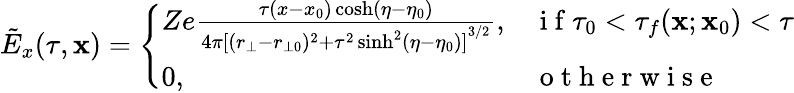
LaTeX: \tilde{E}_{x}(\tau,\mathbf{x})=\left\{ \begin{array}{ll}{Ze\frac{\tau(x-x_{0})\cosh(\eta-\eta_{0})}{4\pi{[(r_{\bot}-r_{\bot 0})^{2}+\tau^{2}\sinh^{2}(\eta-\eta_{0})]}^{3/2}},}&{\mathrm{~i~f~}\tau_{0}<\tau_{f}(\mathbf{x};\mathbf{x}_{0})<\tau}\\ {0,}&{\mathrm{~o~t~h~e~r~w~i~s~e~}}\end{array}\right.